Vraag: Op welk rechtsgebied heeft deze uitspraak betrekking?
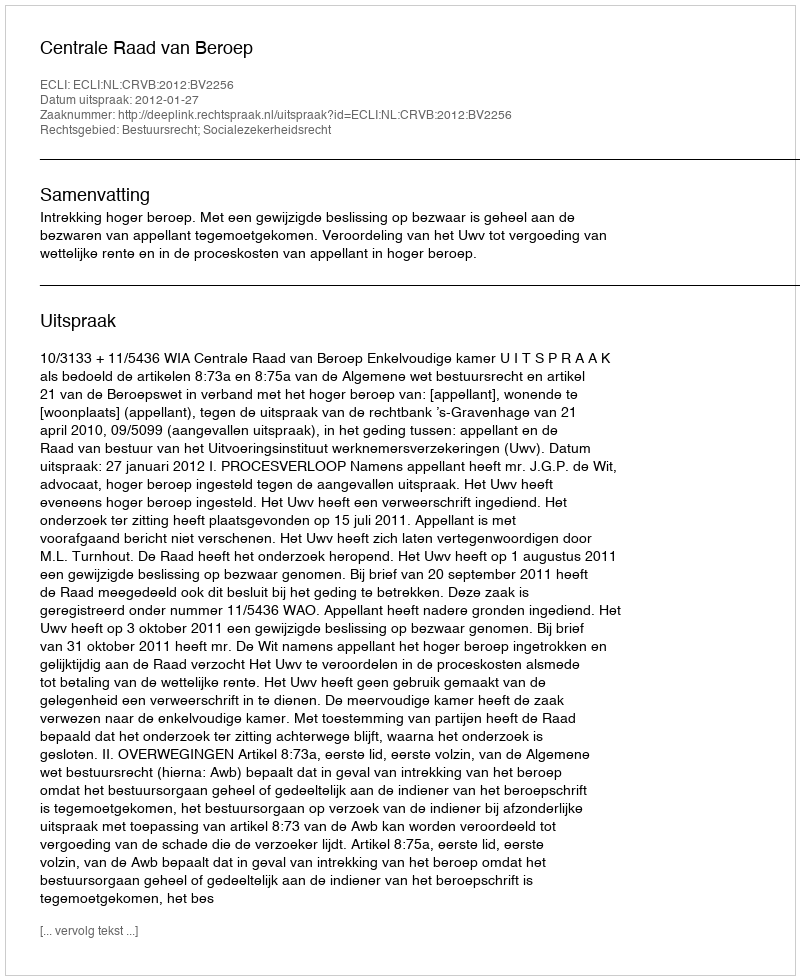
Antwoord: Bestuursrecht; Socialezekerheidsrecht